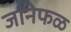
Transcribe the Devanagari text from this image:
जानेफळ